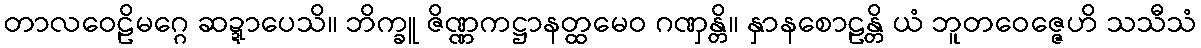
တာလဝေဠိမဂ္ဂေ ဆဍ္ဍာပေသိ။ ဘိက္ခူ ဇိဏ္ဏကဋ္ဌာနတ္ထမေဝ ဂဏှန္တိ။ နှာနစောဠန္တိ ယံ ဘူတဝေဇ္ဇေဟိ သသီသံ